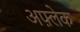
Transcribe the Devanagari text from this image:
अफ़्लेक